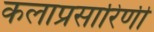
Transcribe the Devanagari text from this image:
कलाप्रसारिणी